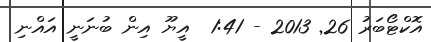
އޮކްޓޯބަރު 26